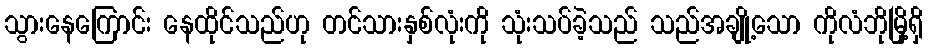
သွားနေကြောင်း နေထိုင်သည်ဟု တင်သားနှစ်လုံးကို သုံးသပ်ခဲ့သည် သည်အချို့သော ကိုလံဘိုမြို့ရှိ